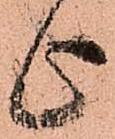
上